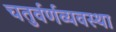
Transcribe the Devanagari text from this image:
चतुर्वर्णव्यवस्था